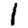
Digit: 1